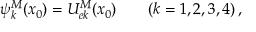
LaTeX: \psi _ { k } ^ { M } ( x _ { 0 } ) = U _ { e k } ^ { M } ( x _ { 0 } ) \qquad ( k = 1 , 2 , 3 , 4 ) \, ,